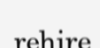
rehire